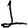
Digit: 1